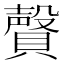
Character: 𰷎